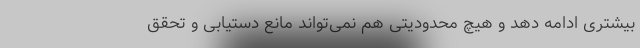
بیشتری ادامه دهد و هیچ محدودیتی هم نمی‌تواند مانع دستیابی و تحقق